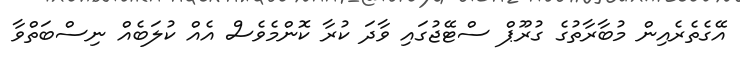
އޭގެތެރެއިން މުބާރާތުގެ ގުރޫޕް ސްޓޭޖުގައި ވާދަ ކުރާ ކޮންމެވެސް އެއް ކުލަބެއް ނިސްބަތްވާ